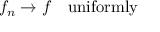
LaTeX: f _ { n } \to f \quad \mathrm { u n i f o r m l y }